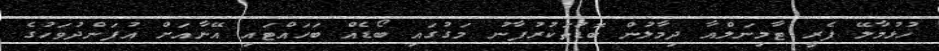
ހުޅުމާލޭ ފެރީ ޓާމިނަލްއާ ދިމާލުން ބޮޑުތަކުރުފާނު މަގުގައި ބޯޑެއް ބަހައްޓައި އޭނާއަށް އުފަންދުވަހުގެ